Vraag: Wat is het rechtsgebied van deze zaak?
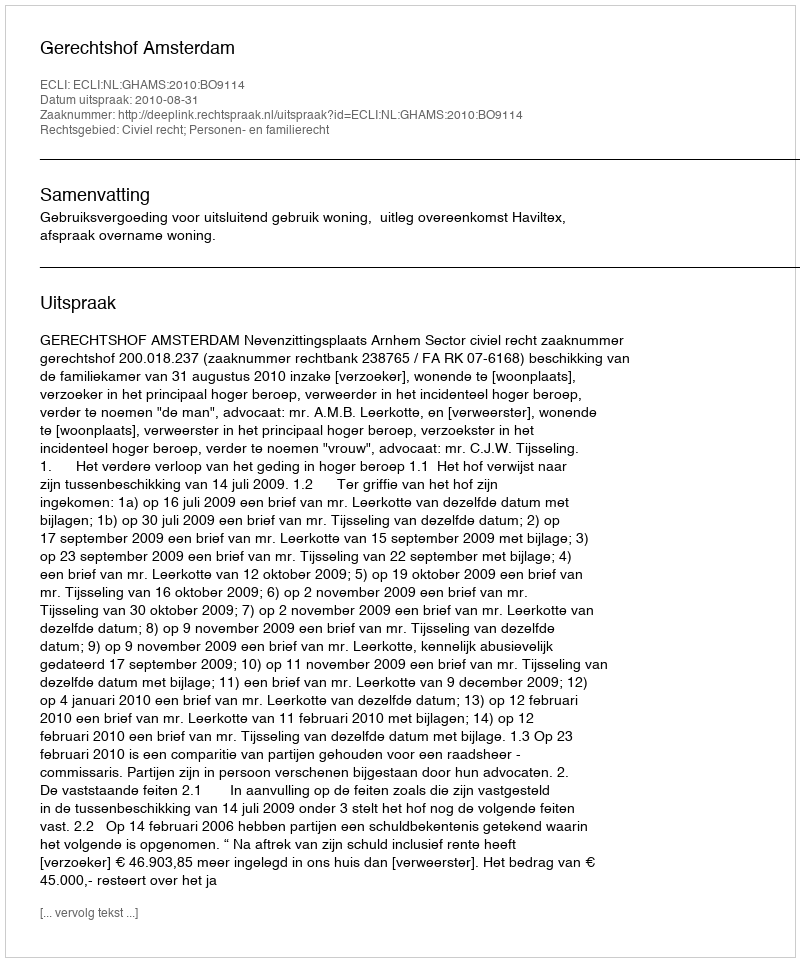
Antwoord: Civiel recht; Personen- en familierecht